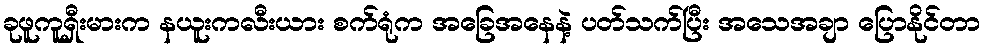
ခုဖူကူရှီးမားက နယူးကလီးယား စက်ရုံက အခြေအနေနဲ့ ပတ်သက်ပြီး အသေအချာ ပြောနိုင်တာ